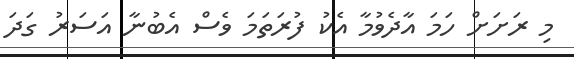
މި ރަށަށް ހަމަ އާދެވުމާ އެކު ފުރަތަމަ ވެސް އެބުނާ އަސަރު ގަދަ